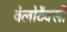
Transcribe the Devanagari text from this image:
वेलोटैक्सी